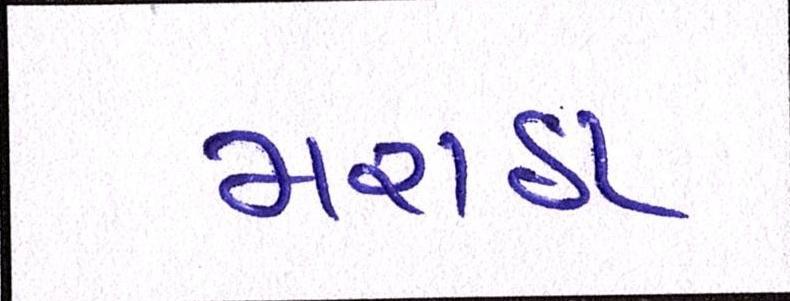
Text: મરાઠા